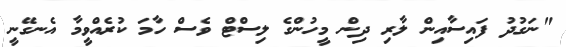
"ނަގުދު ފައިސާއިން ލާރި ދިން މީހުންގެ ލިސްޓް ވެސް ހާމަ ކުރެއްވީމާ އެނގޭނީ